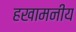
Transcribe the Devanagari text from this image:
हखामनीय